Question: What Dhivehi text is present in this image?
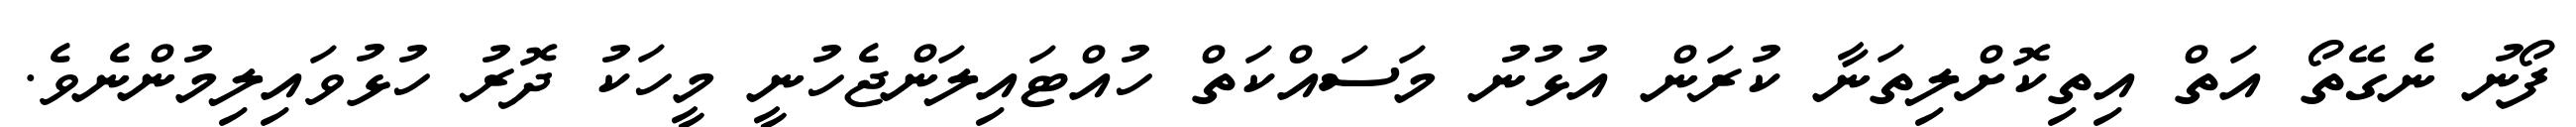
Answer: ފޯނު ނެގޭތޯ އަތް އިތިކޮށްލިތަނާ ކުރަން އުޅުނު މަސައްކަތް ހުއްޓައިލަންޖެހުނީ މީހަކު ދޮރު ހުޅުވައިލިމުންނެވެ.